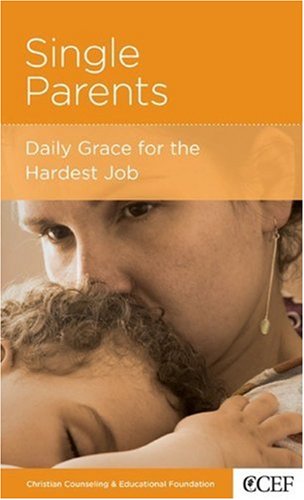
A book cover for Single Parents: Daily Grace for the Hardest Job; Robert D. Jones; Parenting & Relationships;